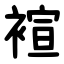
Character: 䙋